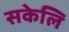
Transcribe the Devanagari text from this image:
सकेलि